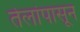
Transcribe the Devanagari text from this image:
तेलांपासून